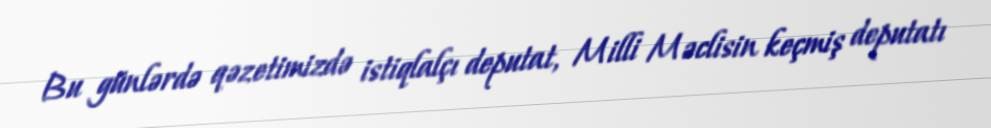
Bu günlərdə qəzetimizdə istiqlalçı deputat, Milli Məclisin keçmiş deputatı